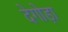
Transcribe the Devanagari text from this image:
देगोड़ा